Treatise on elephants
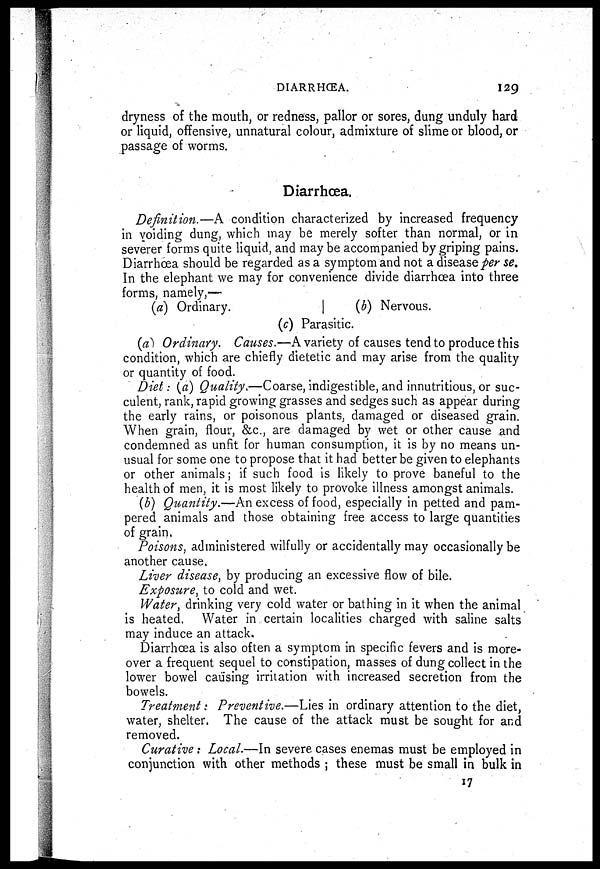
DIARRHŒA.
129
dryness of the mouth, or redness, pallor or sores, dung unduly hard
or liquid, offensive, unnatural colour, admixture of slime or blood, or
passage of worms.
Diarrhœa.
Definition.—A condition characterized by increased frequency
in voiding dung, which may be merely softer than normal, or in
severer forms quite liquid, and may be accompanied by griping pains.
Diarrhoea should be regarded as a symptom and not a disease per se.
In the elephant we may for convenience divide diarrhoea into three
forms, namely,—
(a) Ordinary.
|
(b) Nervous.
(c) Parasitic.
(a) Ordinary. Causes.—A variety of causes tend to produce this
condition, which are chiefly dietetic and may arise from the quality
or quantity of food.
Diet: (a) Quality.—Coarse, indigestible, and innutritious, or suc-
culent, rank, rapid growing grasses and sedges such as appear during
the early rains, or poisonous plants, damaged or diseased grain.
When grain, flour, &c., are damaged by wet or other cause and
condemned as unfit for human consumption, it is by no means un-
usual for some one to propose that it had better be given to elephants
or other animals; if such food is likely to prove baneful to the
health of men, it is most likely to provoke illness amongst animals.
(b) Quantity.—An excess of food, especially in petted and pam-
pered animals and those obtaining free access to large quantities
of grain,
Poisons, administered wilfully or accidentally may occasionally be
another cause,
Liver disease, by producing an excessive flow of bile.
Exposure, to cold and wet.
Water, drinking very cold water or bathing in it when the animal
is heated, Water in certain localities charged with saline salts
may induce an attack.
Diarrhoea is also often a symptom in specific fevers and is more-
over a frequent sequel to constipation, masses of dung collect in the
lower bowel causing irritation with increased secretion from the
bowels.
Treatment: Preventive.—Lies in ordinary attention to the diet,
water, shelter. The cause of the attack must be sought for and
removed.
Curative: Local.—In severe cases enemas must be employed in
conjunction with other methods ; these must be small in bulk in
17